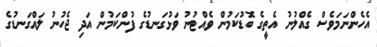
އެހެންނަމަވެސް ގެއްލުނު އެތީގެ ބޮޑުކަމުން ވެއްޓުނު ވަޅުގަނޑުގެ ފުންކަމުން އަދި ޖެހުނު ލައްގަނޑުގެ